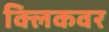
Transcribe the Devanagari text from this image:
क्लिकवर